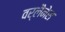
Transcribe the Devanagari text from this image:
वर्लैनेस